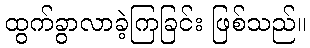
ထွက်ခွာလာခဲ့ကြခြင်း ဖြစ်သည်။